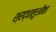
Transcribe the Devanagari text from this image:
श्रद्धालुओंका